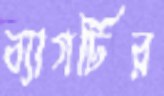
ব্যাগটির